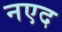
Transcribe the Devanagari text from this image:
नएद